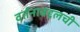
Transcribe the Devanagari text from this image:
वर्तनाबद्दलची